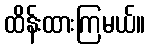
ထိန်းထားကြမယ်။